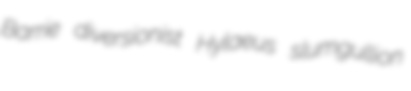
Barrie diversionist Hylaeus slumgullion